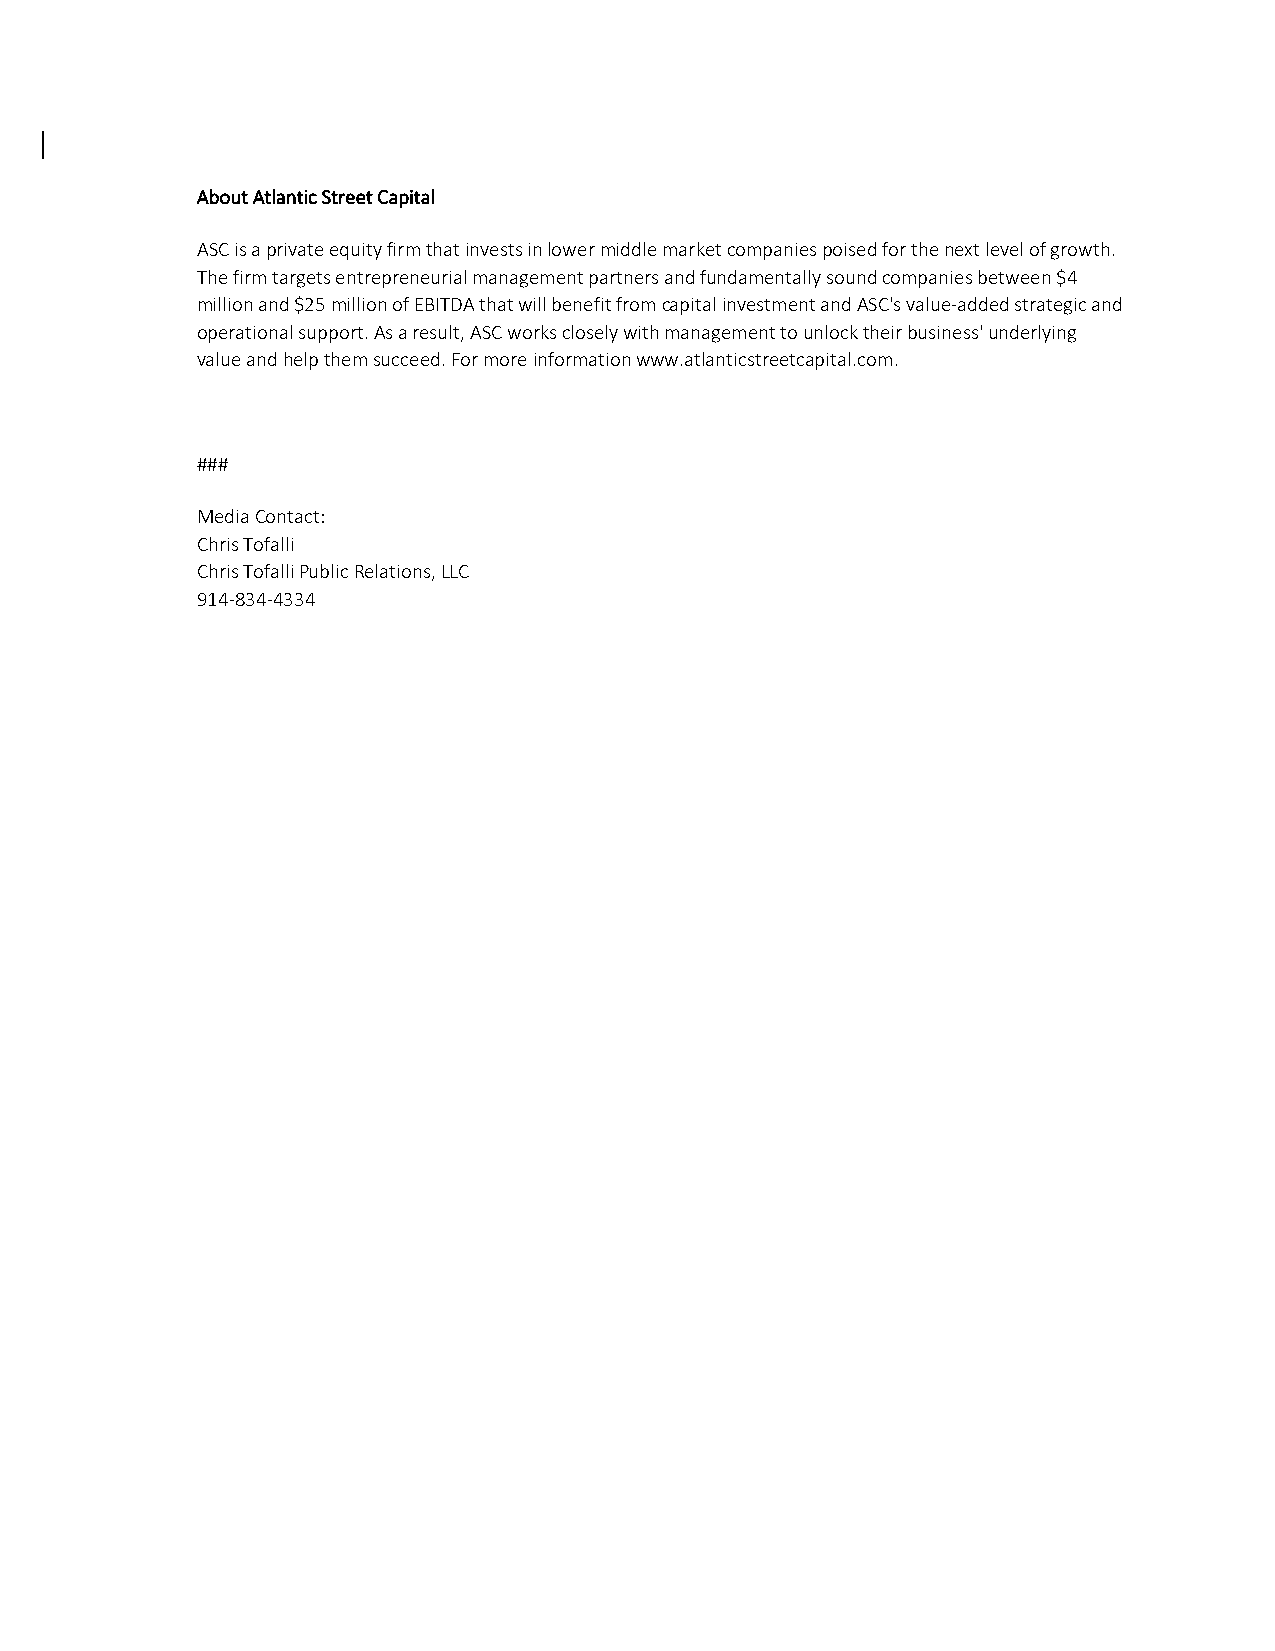
About Atlantic Street Capital
 ASC is a private equity firm that invests in lower middle market companies poised for the next level of growth.
 The firm targets entrepreneurial management partners and fundamentally sound companies between $4
 million and $25 million of EBITDA that will benefit from capital investment and ASC's value‐added strategic and
 operational support. As a result, ASC works closely with management to unlock their business' underlying
 value and help them succeed. For more information www.atlanticstreetcapital.com.
 ###
 Media Contact:
 Chris Tofalli
 Chris Tofalli Public Relations, LLC
 914‐834‐4334